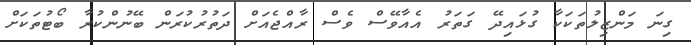
ގިނަ މަންޒިލުތަކަކާ ގުޅައިދޭ ގަތަރު އެއާވޭސް ވެސް ރާއްޖެއަށް ދަތުރުކުރަން ބޭނުންކުރާ ބޯޓުތަކަށް